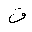
Letter: _qaf